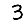
Digit: 3